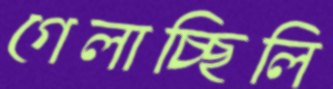
গেলাচ্ছিলি